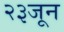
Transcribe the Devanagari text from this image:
२३जून